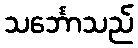
သင်္ဘောသည်